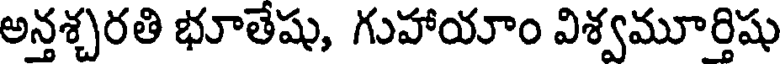
అన్తశ్చరతి భూతేషు, గుహాయాం విశ్వమూర్తిషు